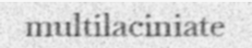
multilaciniate